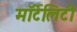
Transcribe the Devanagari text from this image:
मॉर्टेलिटी